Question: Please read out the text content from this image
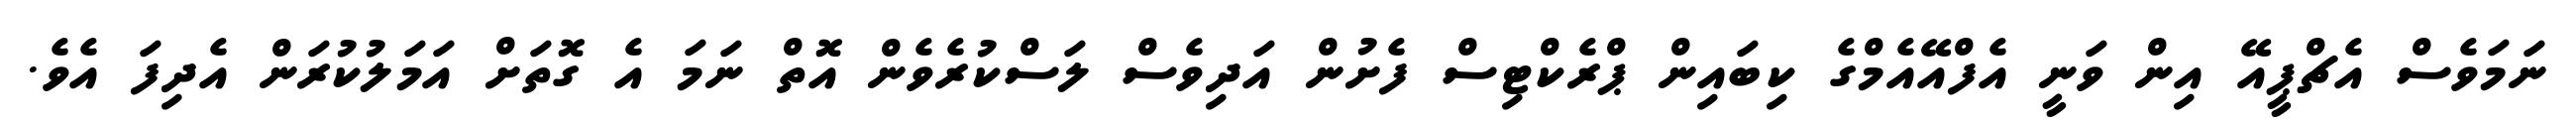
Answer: ނަމަވެސް އެޗްޕީއޭ އިން ވަނީ އެފްއޭއެމްގެ ކިބައިން ޕްރެކްޓިސް ފެށުން އަދިވެސް ލަސްކުރެވެން އޮތް ނަމަ އެ ގޮތަށް އަމަލުކުރަން އެދިފަ އެވެ.